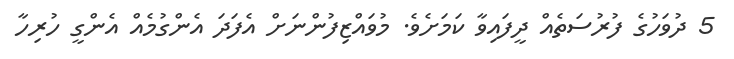
5 ދުވަހުގެ ފުރުސަތެއް ދީފައިވާ ކަމަށެވެ. މުވައްޒިފުންނަށް އެފަދަ އެންގުމެއް އެންގީ ހުރިހާ